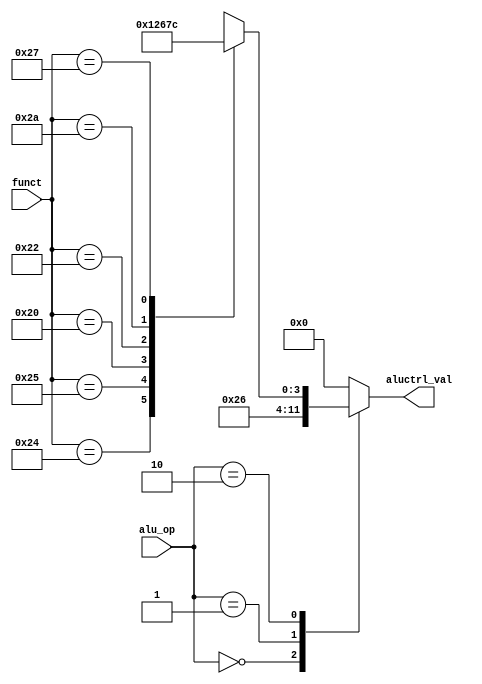
module alu_control (input [5:0] funct,input [2:0] alu_op,output reg [3:0] aluctrl_val);
  reg [3:0] funct_val;
  always @(*) begin
    case(funct)
      6'b100100 : funct_val =  4'b0000;//AND
      6'b100101   : funct_val =  4'b0001;//OR
      6'b100000  : funct_val =  4'b0010;//add
      6'b100010  : funct_val =  4'b0110;//sub 
      6'b101010  : funct_val =  4'b0111;//slt * not yet
      6'b100111  : funct_val =  4'b1100;//nor * not yet
      default: funct_val  = 4'dx;
    endcase
  end  
  always @(*) begin
    aluctrl_val <= 0;
    case (alu_op)
      3'b000  : aluctrl_val <= 4'd2;//lw sw addi
      3'b001 : aluctrl_val <= 4'd6;//branch
      3'b010 : aluctrl_val <= funct_val;//r type
      default: aluctrl_val <= 4'd0;
    endcase
  end
  assign aluctrl = aluctrl_val;
endmodule